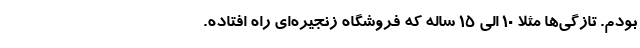
بودم. تازگی‌ها مثلا 10 الی 15 ساله که فروشگاه زنجیره‌ای راه افتاده.